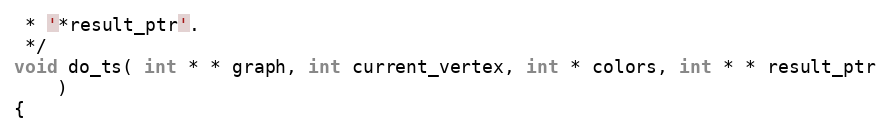
Language: C
 * '*result_ptr'.
 */
void do_ts( int * * graph, int current_vertex, int * colors, int * * result_ptr
    )
{